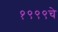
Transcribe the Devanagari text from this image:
१९९९चे